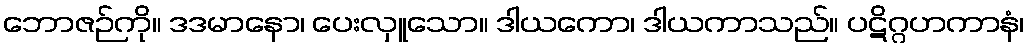
ဘောဇဉ်ကို။ ဒဒမာနော၊ ပေးလှူသော။ ဒါယကော၊ ဒါယကာသည်။ ပဋိဂ္ဂဟကာနံ၊